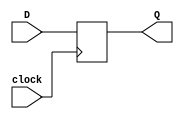
module flipflop_D(D, clock, Q);
	input D, clock;
	output reg Q;
	
	// Em todas as subidas de clock, "Q" recebe o valor de "D";
	always @(posedge clock) begin
		Q <= D;
	end
endmodule